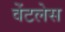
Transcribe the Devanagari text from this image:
वेंटलेस